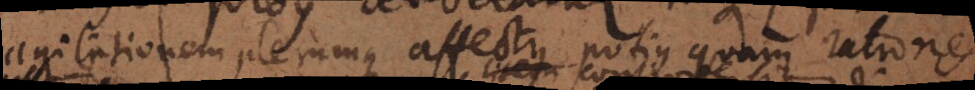
agitationem plerumque affectus potius quam rationes